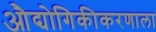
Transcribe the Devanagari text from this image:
औद्योगिकीकरणाला